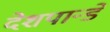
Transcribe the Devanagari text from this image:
देशपान्डे